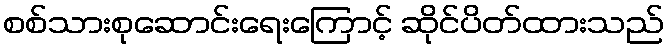
စစ်သားစုဆောင်းရေးကြောင့် ဆိုင်ပိတ်ထားသည်